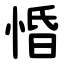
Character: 惛